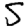
Digit: 5